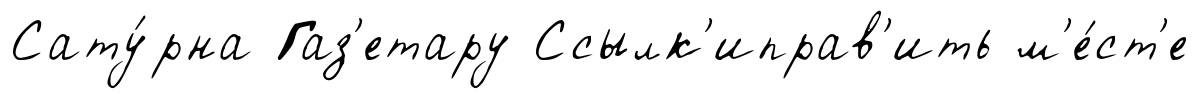
Сату́рна Газ'етару Ссылк'иправ'ить м'е́ст'е